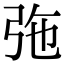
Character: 㢮